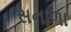
સનાળા